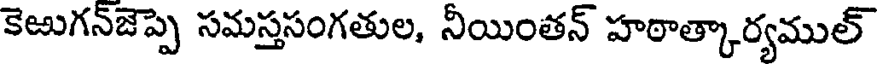
కెఱుగన్జెప్పె సమస్తసంగతుల, నీయింతన్ హఠాత్కార్యముల్